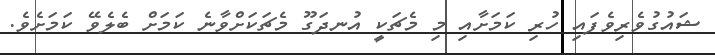
ޝައުގުވެރިވެފައި ހުރި ކަމަށާއި މި މެޗަކީ އުނދަގޫ މެޗަކަށްވާނެ ކަމަށް ބެލެވޭ ކަމަށެވެ.